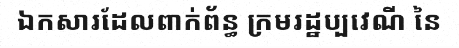
ឯកសារដែលពាក់ព័ន្ធ ក្រមរដ្ឋប្បវេណី នៃ